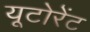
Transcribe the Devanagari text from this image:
यूटोरेंट